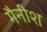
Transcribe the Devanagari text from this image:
मैनीश